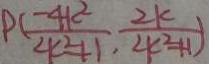
P ( \frac { - 4 k ^ { 2 } } { 2 k ^ { 2 } + 1 } , \frac { 2 k } { 2 k ^ { 2 } + 1 } )